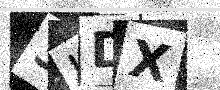
Text: 3KDX